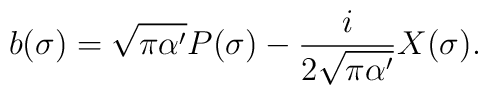
b(\sigma)=\sqrt{\pi\alpha'}P(\sigma)-\frac{i}{2\sqrt{\pi\alpha'}}X(\sigma).